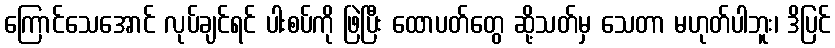
ကြောင်သေအောင် လုပ်ချင်ရင် ပါးစပ်ကို ဖြဲပြီး ထောပတ်တွေ ဆို့သတ်မှ သေတာ မဟုတ်ပါဘူး၊ ဒိပြင်